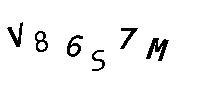
V86S7M